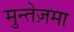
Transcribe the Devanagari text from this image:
मुन्तेज़मा